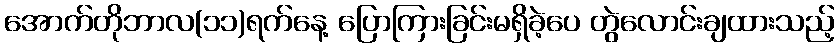
အောက်တိုဘာလ(၁၁)ရက်နေ့ ပြောကြားခြင်းမရှိခဲ့ပေ တွဲလောင်းချထားသည့်